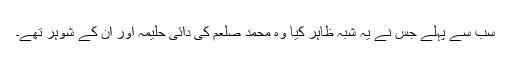
سب سے پہلے جس نے یہ شبہ ظاہر کیا وہ محمد صلعم کی دائی حلیمہ اور ان کے شوہر تھے۔